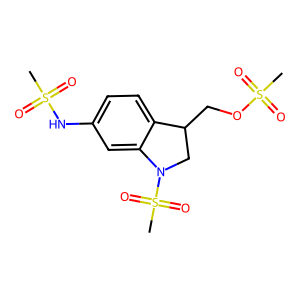
SMILES: CS(=O)(=O)Nc1ccc2c(c1)N(S(C)(=O)=O)CC2COS(C)(=O)=O
Inhibits HIV replication: No